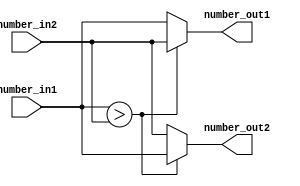
module BITONIC_AS(number_in1, number_in2, number_out1, number_out2);
input  [7:0] number_in1;
input  [7:0] number_in2;
output [7:0] number_out1;
output [7:0] number_out2;

assign number_out1 = (number_in1 > number_in2) ? number_in2 : number_in1;
assign number_out2 = (number_in1 > number_in2) ? number_in1 : number_in2;

endmodule